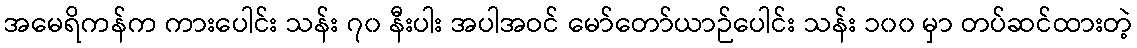
အမေရိကန်က ကားပေါင်း သန်း ၇၀ နီးပါး အပါအဝင် မော်တော်ယာဉ်ပေါင်း သန်း ၁၀၀ မှာ တပ်ဆင်ထားတဲ့